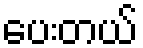
ပေးတယ်